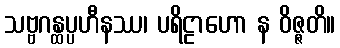
သဗ္ဗဂန္ထပ္ပဟီနဿ၊ ပရိဠာဟော န ဝိဇ္ဇတိ။